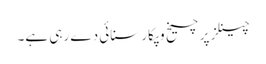
چینلز پر چیخ وپکار سنائی دے رہی ہے۔